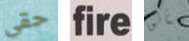
حقي fire متأنق